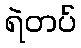
ရဲတပ်